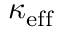
\kappa _ { \mathrm { e f f } }